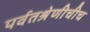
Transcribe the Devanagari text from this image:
पर्वतश्रेणीचीच